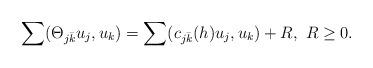
LaTeX: \begin{align*} \sum(\Theta_{j\bar k} u_j, u_k)= \sum(c_{j\bar k}(h) u_j, u_k) + R, \ R\geq 0. \end{align*}